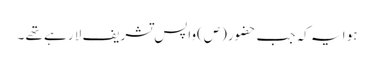
ہو ا یہ کہ جب حضور(ص)واپس تشریف لا رہے تھے ۔